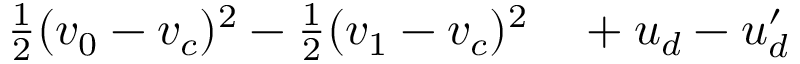
\begin{array} { r l } { \frac { 1 } { 2 } ( v _ { 0 } - v _ { c } ) ^ { 2 } - \frac { 1 } { 2 } ( v _ { 1 } - v _ { c } ) ^ { 2 } } & { { } + u _ { d } - u _ { d } ^ { \prime } } \end{array}